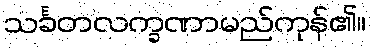
သင်္ခတလက္ခဏာမည်ကုန်၏။